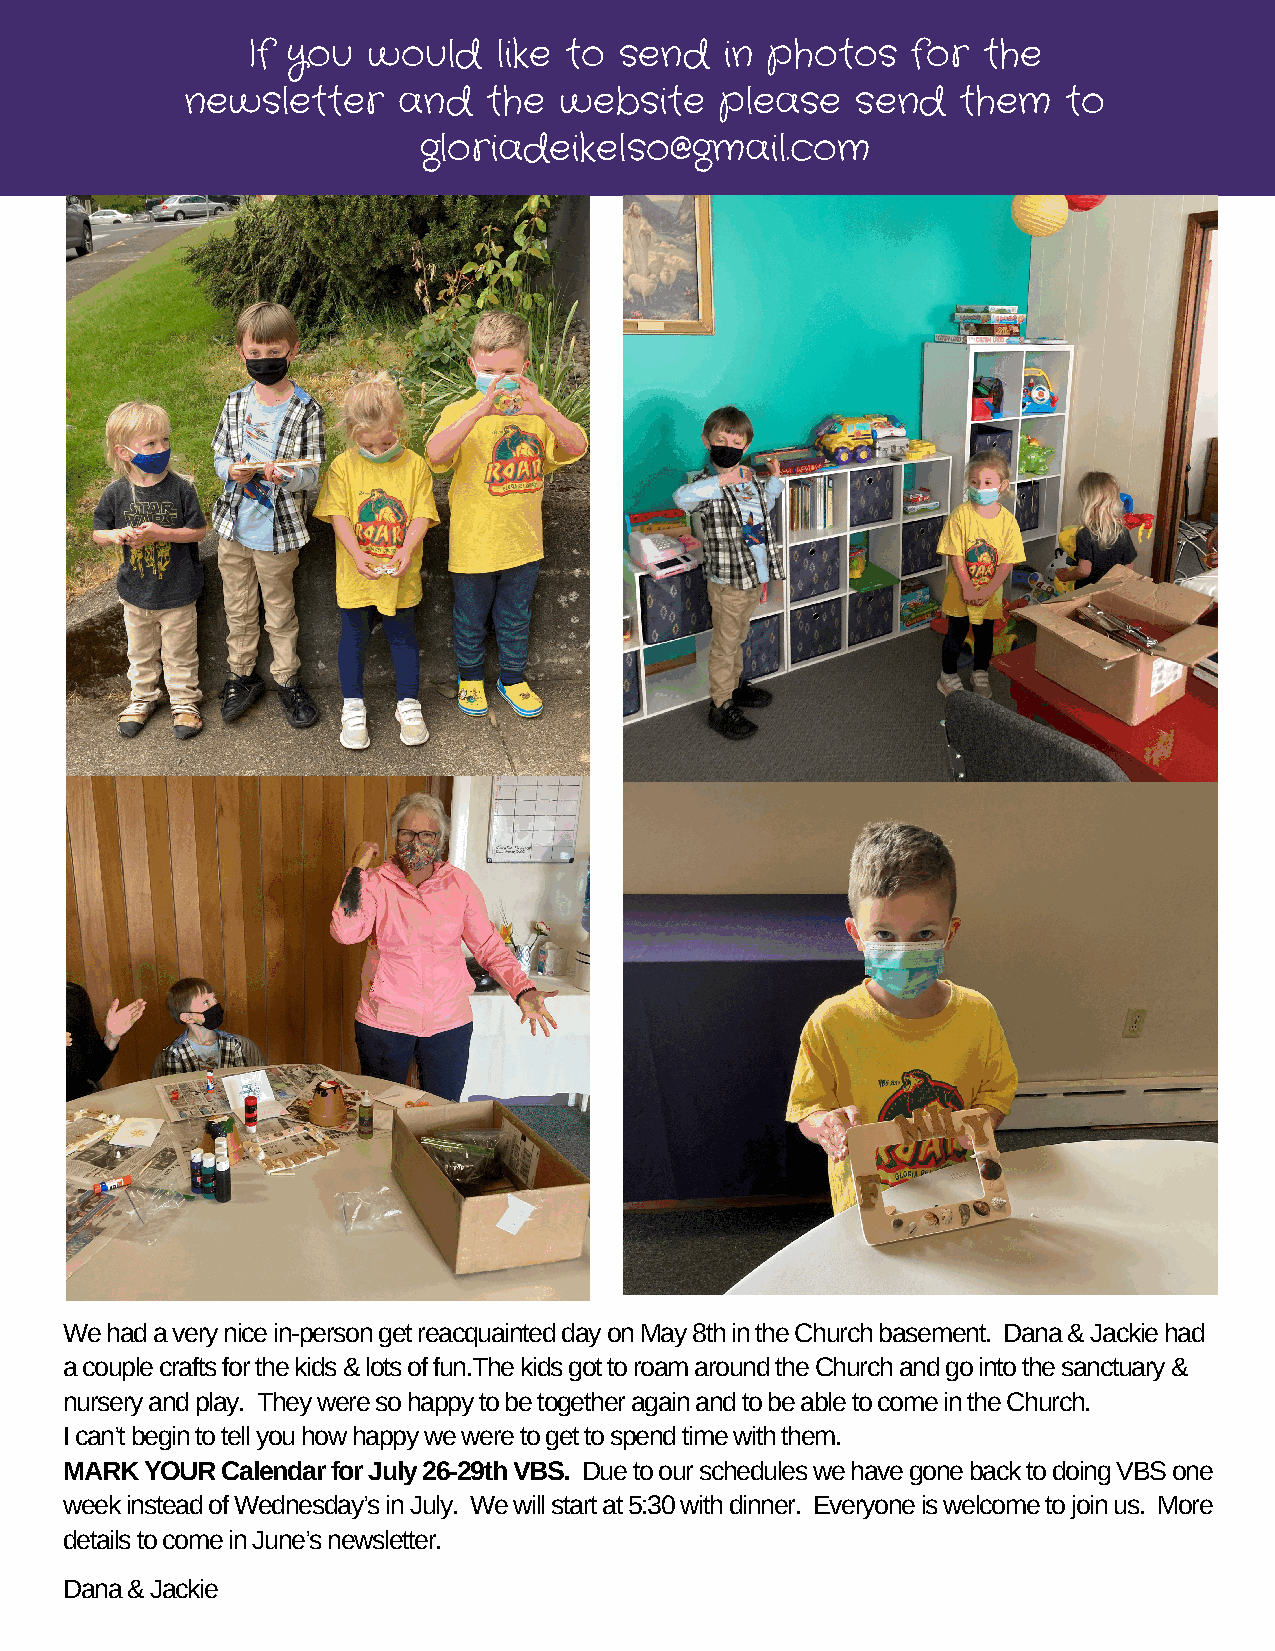
If you  would    like to send   in photos   for  the
 newsletter    and   the  website    please   send   them   to
 gloriadeikelso@gmail.com
 We had a very nice in-person get reacquainted day on May 8th in the Church basement. Dana & Jackie had
 a couple crafts for the kids & lots of fun.The kids got to roam around the Church and go into the sanctuary &
 nursery and play. They were so happy to be together again and to be able to come in the Church.
 I can’t begin to tell you how happy we were to get to spend time with them.
 MARK  YOUR Calendar for July 26-29th VBS. Due to our schedules we have gone back to doing VBS one
 week instead of Wednesday’s in July. We will start at 5:30 with dinner. Everyone is welcome to join us. More
 details to come in June’s newsletter.
 Dana & Jackie